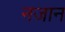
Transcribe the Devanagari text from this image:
नजान